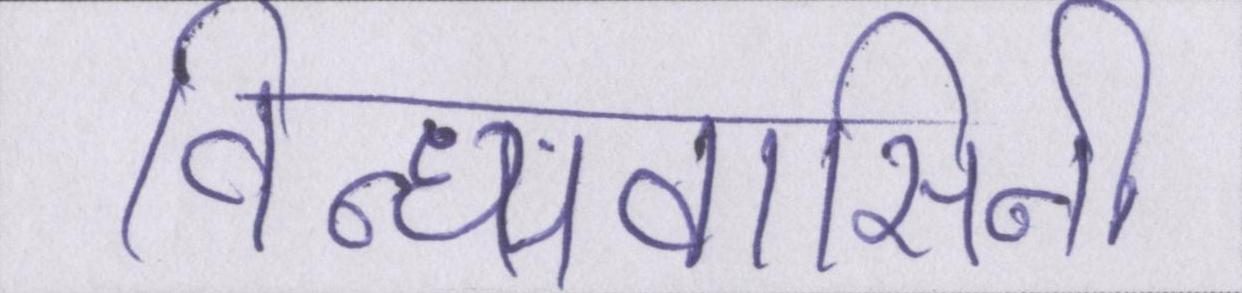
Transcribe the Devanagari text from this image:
विन्ध्यवासिनी